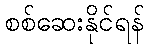
စစ်ဆေးနိုင်ရန်